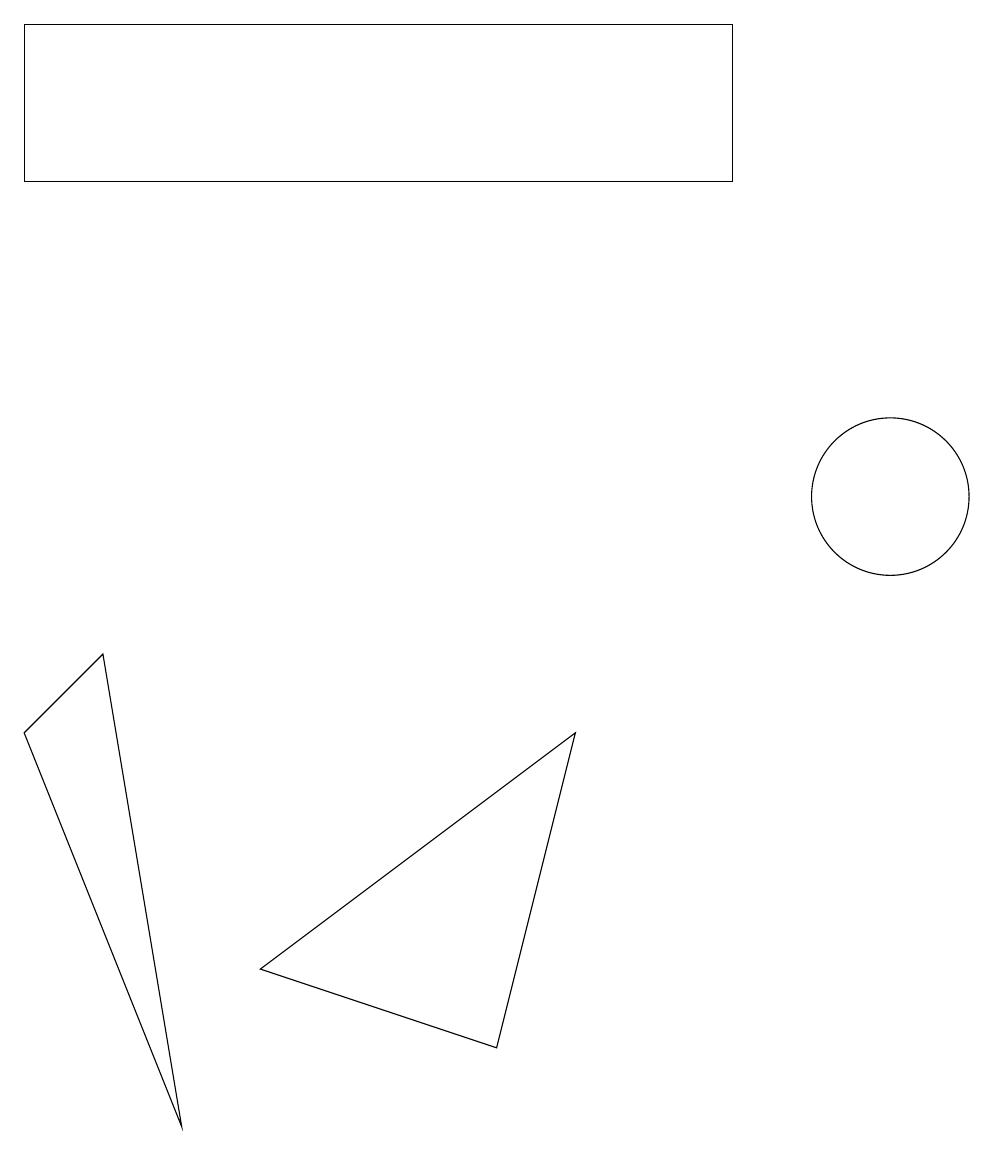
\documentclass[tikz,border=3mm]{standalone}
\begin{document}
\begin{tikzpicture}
\draw (3,5) -- (7,8) -- (6,4) -- cycle;
\draw (0,15) rectangle (9,17);
\draw (11,11) circle (1);
\draw (2,3) -- (0,8) -- (1,9) -- cycle;
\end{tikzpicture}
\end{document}